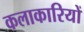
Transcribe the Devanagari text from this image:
कलाकारियों